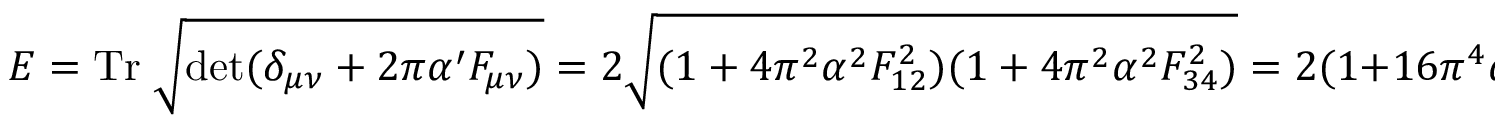
E = \mathrm { T r } \; \sqrt { \operatorname * { d e t } ( \delta _ { \mu \nu } + 2 \pi \alpha ^ { \prime } F _ { \mu \nu } ) } = 2 \sqrt { ( 1 + 4 \pi ^ { 2 } \alpha ^ { 2 } F _ { 1 2 } ^ { 2 } ) ( 1 + 4 \pi ^ { 2 } \alpha ^ { 2 } F _ { 3 4 } ^ { 2 } ) } = 2 ( 1 + 1 6 \pi ^ { 4 } \alpha ^ { 2 } )